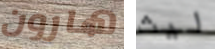
هارون ليث